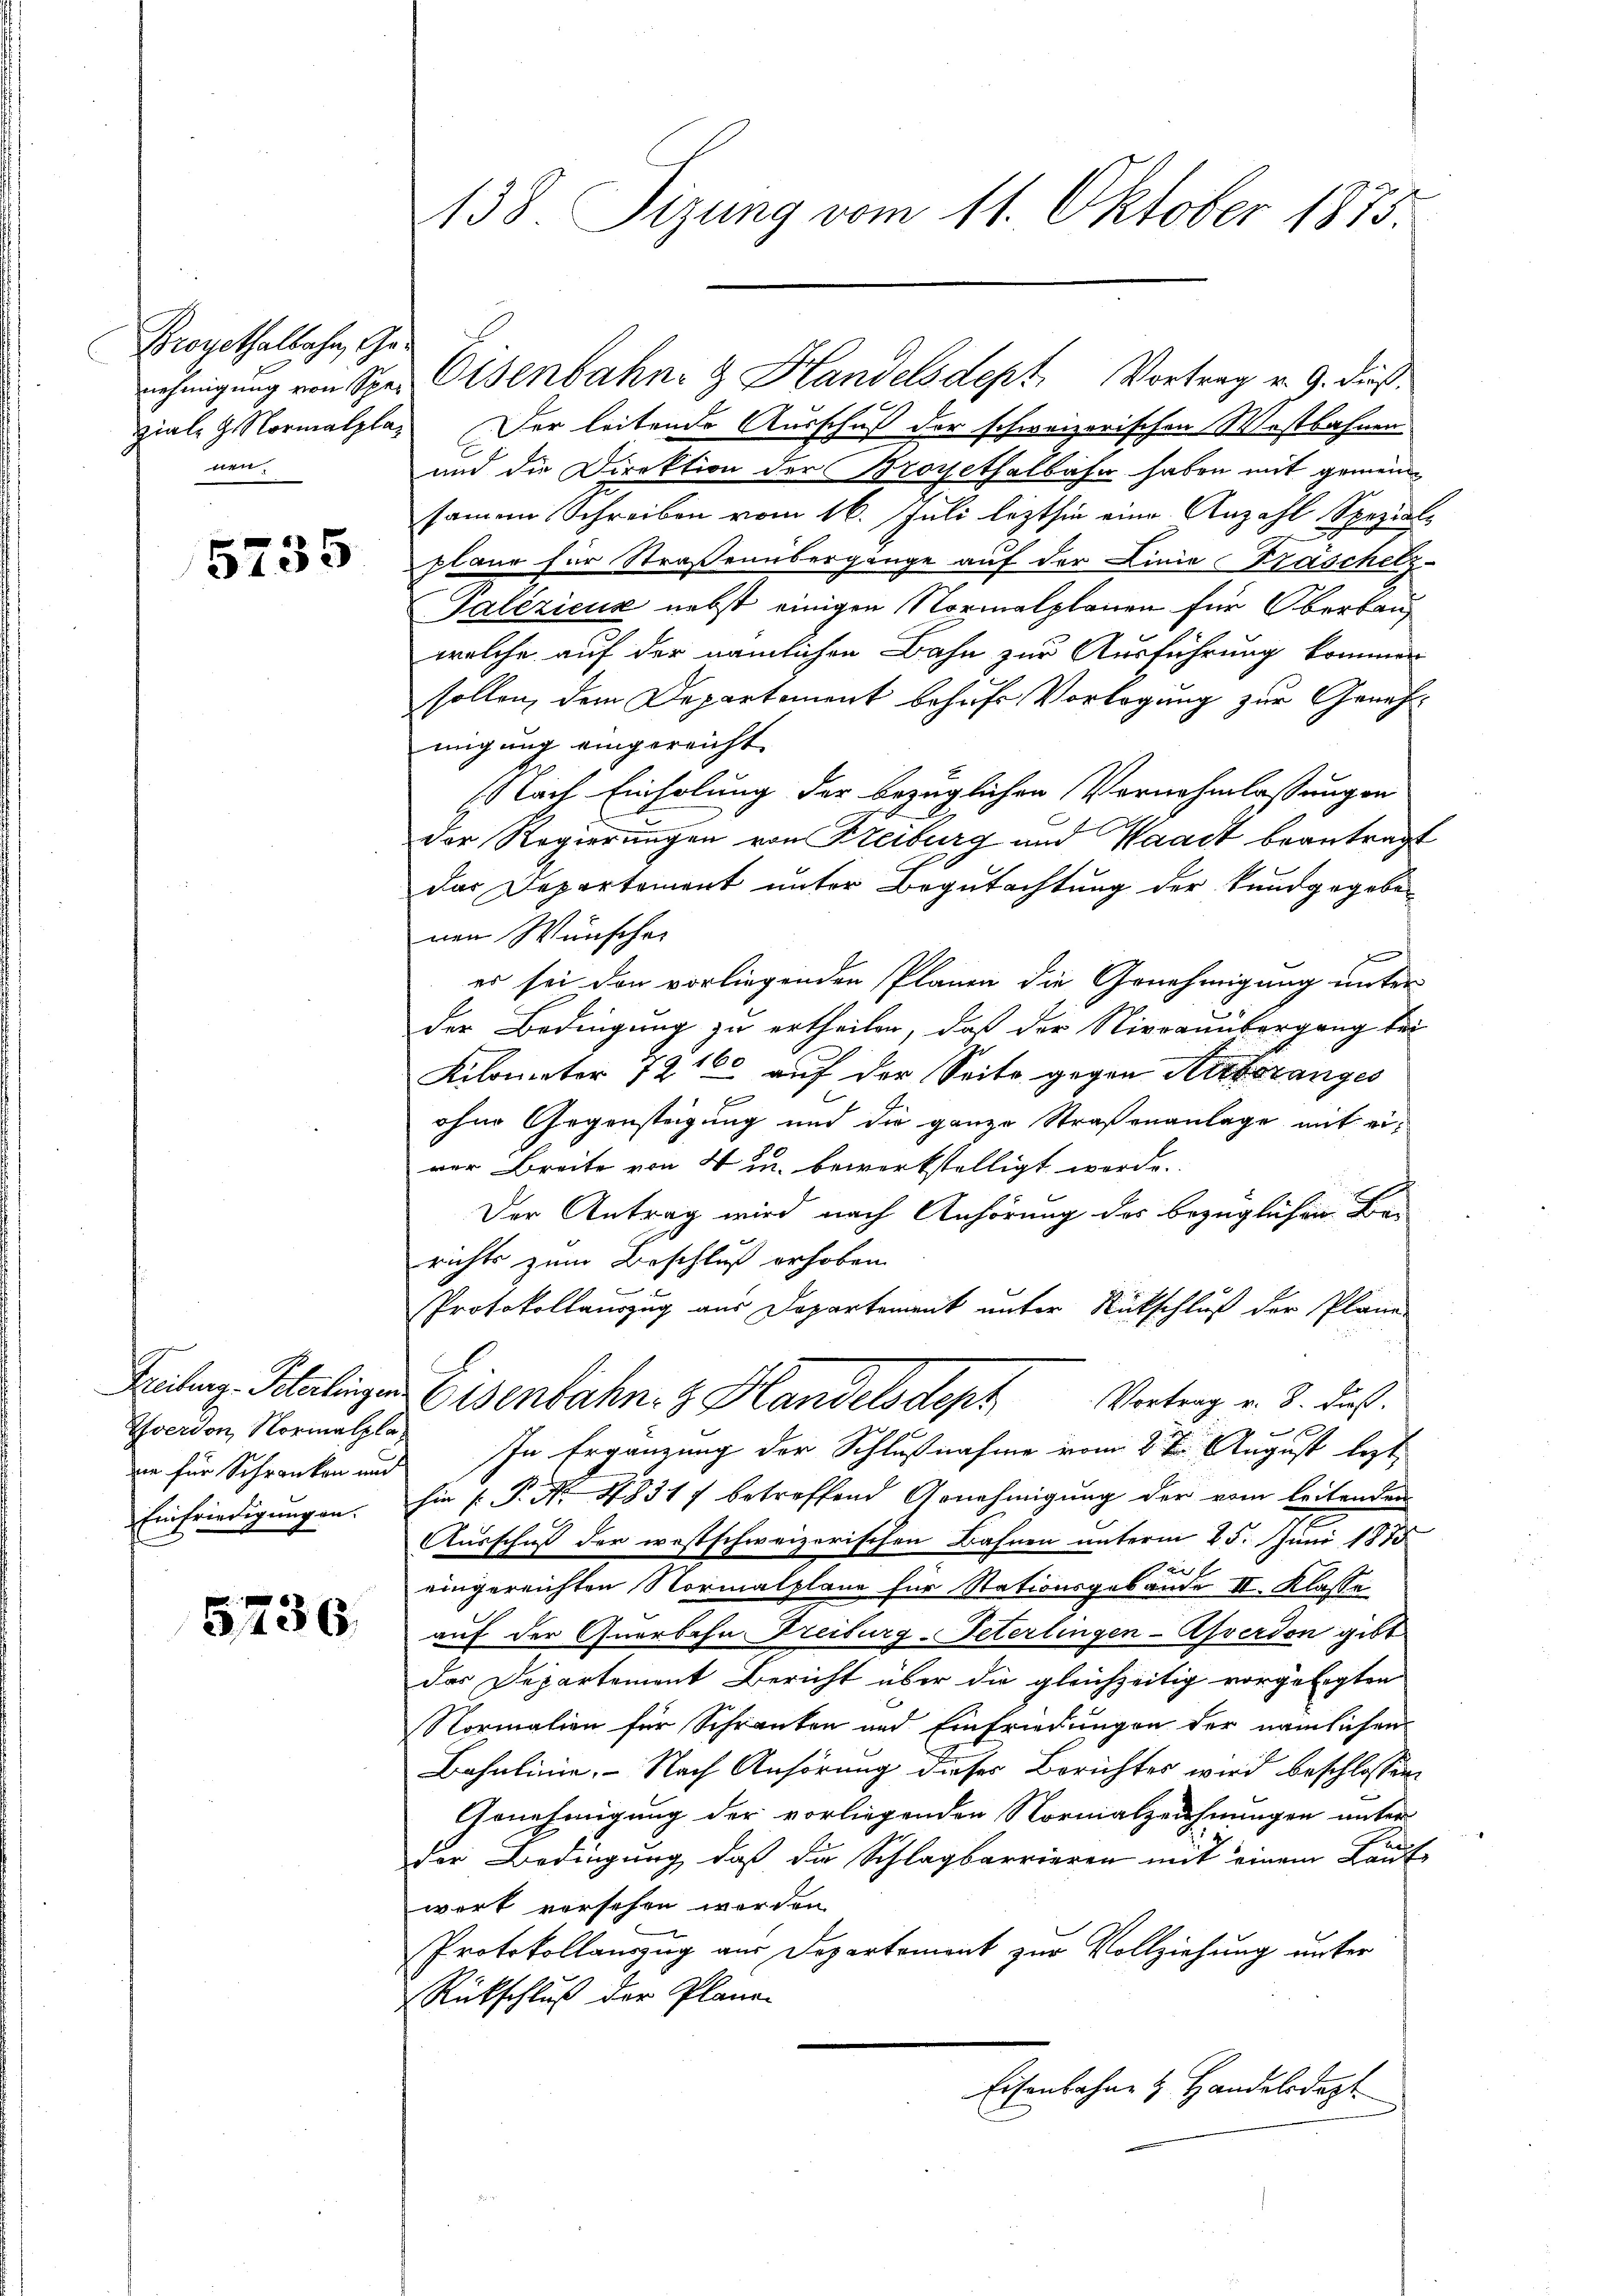
Proyethalbahn, Genehmigung von Sper
ziale 9. Normalpla
nen.

5735

Sverdon, Normalpladie für Schranken und
Einfriedigungen.

5736

138. Sizung vom 11. Oktober 1875.

Der leitende Ausschuß der schweizerischen Westbahnen
und die Direktion der Brosethalbahn haben mit gemeinsame Schreiben vom 16. Juli lezthin eine Anzahl Spezial-
plane für Straßenübergänge auf der Linie Kräschetz-
Galezicus nebst einigen Normalplanen für Oberbauwelche auf der nämlichen Bahn zur Ausführung kommen
sollen, dem Departement behufs Vorlegung zur Genehmigung eingereicht
(Nach Einholung der bezüglichen Vornehmlassungen
Der Regierungen von Freiburg und Waadt beantragt
das Departement unter Begutachtung der kundgegebenen Wünscher
er sei den vorliegenden Planen die Genehmigung unter
der Bedingung zu ertheilen, daß der Niveauübergang bei
Kilometer 1216 auf der Seite gegen Krebsranges
ohne Gegensteigung und die ganze Straßenanlage mit eiver Breite von 4 u. bewerkstelligt werde.
Der Antrag wird nach Anhörung des bezüglichen Berichts zum Beschluß erhoben.

Protokollauszug aus Departement unter Rückschluß der Pläne
Prilanz Schalingen Eisenbahn z. Handelsdept Vortrag v. 8. dieß.
 x
In Ergänzung der Schlußnahme vom 2ten August lezt
hie [P. Nr. 48317 betreffend Arnehmigung der vom leitenden
Ausschuß der westschweizerischen Bahnen unterm 25. Juni 1875
eingereichten Normalpläne für Stationsgebäude II. Klasse
auf der Querbahn Freiburg-Peterlingen-Asverdon gibt
das Departement Bericht über die gleichzeitig vorgelegten
Normalien für Schranken und Einfriedungen der nämlichen
Bahnlinie. - Nach Anhörung dieses Berichtes wird beschlossen
Genehmigung der vorliegenden Normalzeichnungen unter-
der Bedingung, daß die Schlagbarrieren mit einem Lauf
werk vorsehen werden.
Protokollauszug aus Departement zur Vollziehung unter
Rückschluß der Plane
Eisenbahne & Handeledigt

Osenbahn- & Handelsdept, Vortrag v. 9. dieß¬